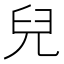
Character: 兒